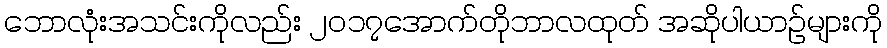
ဘောလုံးအသင်းကိုလည်း ၂၀၁၇အောက်တိုဘာလထုတ် အဆိုပါယာဉ်များကို